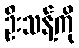
ဦးသန့်ကို